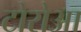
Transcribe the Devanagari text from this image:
टोरोआ